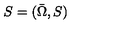
S = ( { \bar { \Omega } } , S )